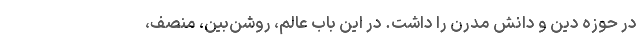
در حوزه دین و دانش مدرن را داشت. در این باب عالم، روشن‌بین، منصف،